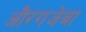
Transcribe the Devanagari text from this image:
औरंगजेबा